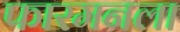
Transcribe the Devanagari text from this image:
फारमनला